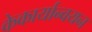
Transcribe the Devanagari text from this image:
केकार्यान्वयन